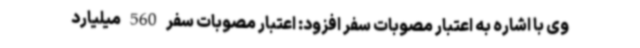
وی با اشاره به اعتبار مصوبات سفر افزود: اعتبار مصوبات سفر 560 میلیارد